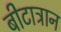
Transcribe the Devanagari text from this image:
बीटाट्रान